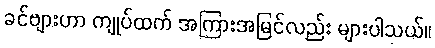
ခင်ဗျားဟာ ကျုပ်ထက် အကြားအမြင်လည်း များပါသယ်။